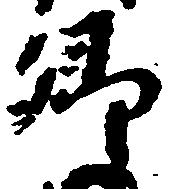
郷